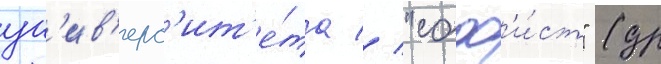
ун'ив'ерс'ит'е́та // "соф'и́ст" (др